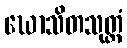
ဃောသိတသုတ္တံ